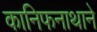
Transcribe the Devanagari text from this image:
कानिफनाथाने